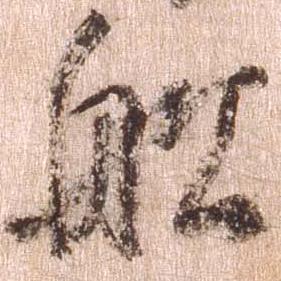
船